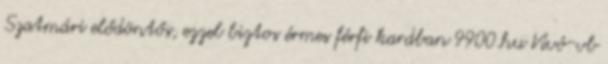
Szatmári elődöntős, ezzel biztos érmes férfi kardban 9900.hu Vívó-vb